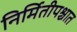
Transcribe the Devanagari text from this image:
निर्मितीपश्चात